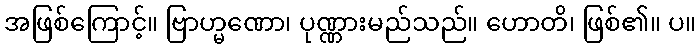
အဖြစ်ကြောင့်။ ဗြာဟ္မဏော၊ ပုဏ္ဏားမည်သည်။ ဟောတိ၊ ဖြစ်၏။ ပ။